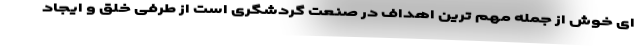
ای خوش از جمله مهم ترین اهداف در صنعت گردشگری است از طرفی خلق و ایجاد